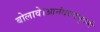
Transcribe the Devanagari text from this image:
बोलावे।आनंदवनभुवनी